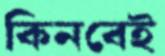
কিনবেই